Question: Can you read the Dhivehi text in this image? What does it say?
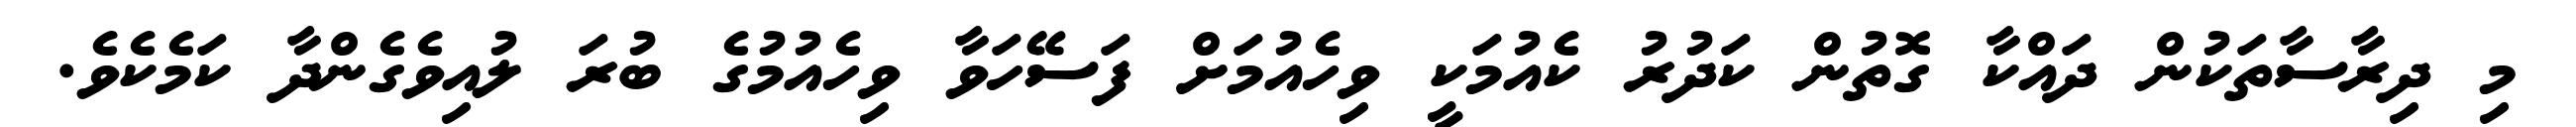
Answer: މި ދިރާސާތަކުން ދައްކާ ގޮތުން ކަދުރު ކެއުމަކީ ވިހެއުމަށް ފަސޭހަވާ ވިހެއުމުގެ ބުރަ ލުއިވެގެންދާ ކަމެކެވެ.